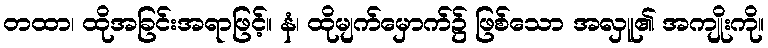
တထာ၊ ထိုအခြင်းအရာဖြင့်။ နံ၊ ထိုမျက်မှောက်၌ ဖြစ်သော အလှူ၏ အကျိုးကို။